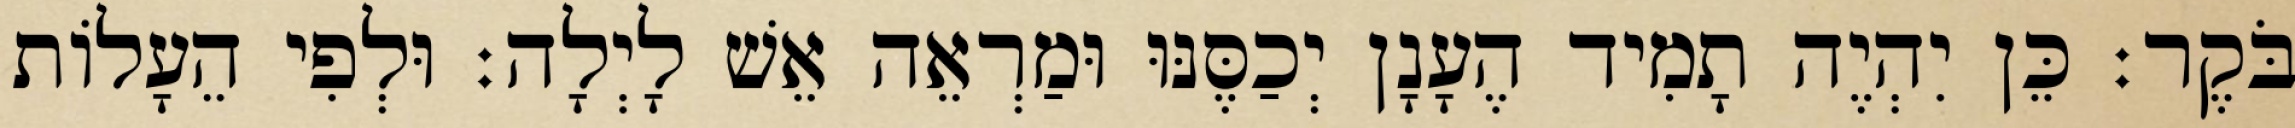
בֹּקֶר׃ כֵּן יִהְיֶה תָמִיד הֶעָנָן יְכַסֶּנּוּ וּמַרְאֵה אֵשׁ לָיְלָה׃ וּלְפִי הֵעָלוֹת